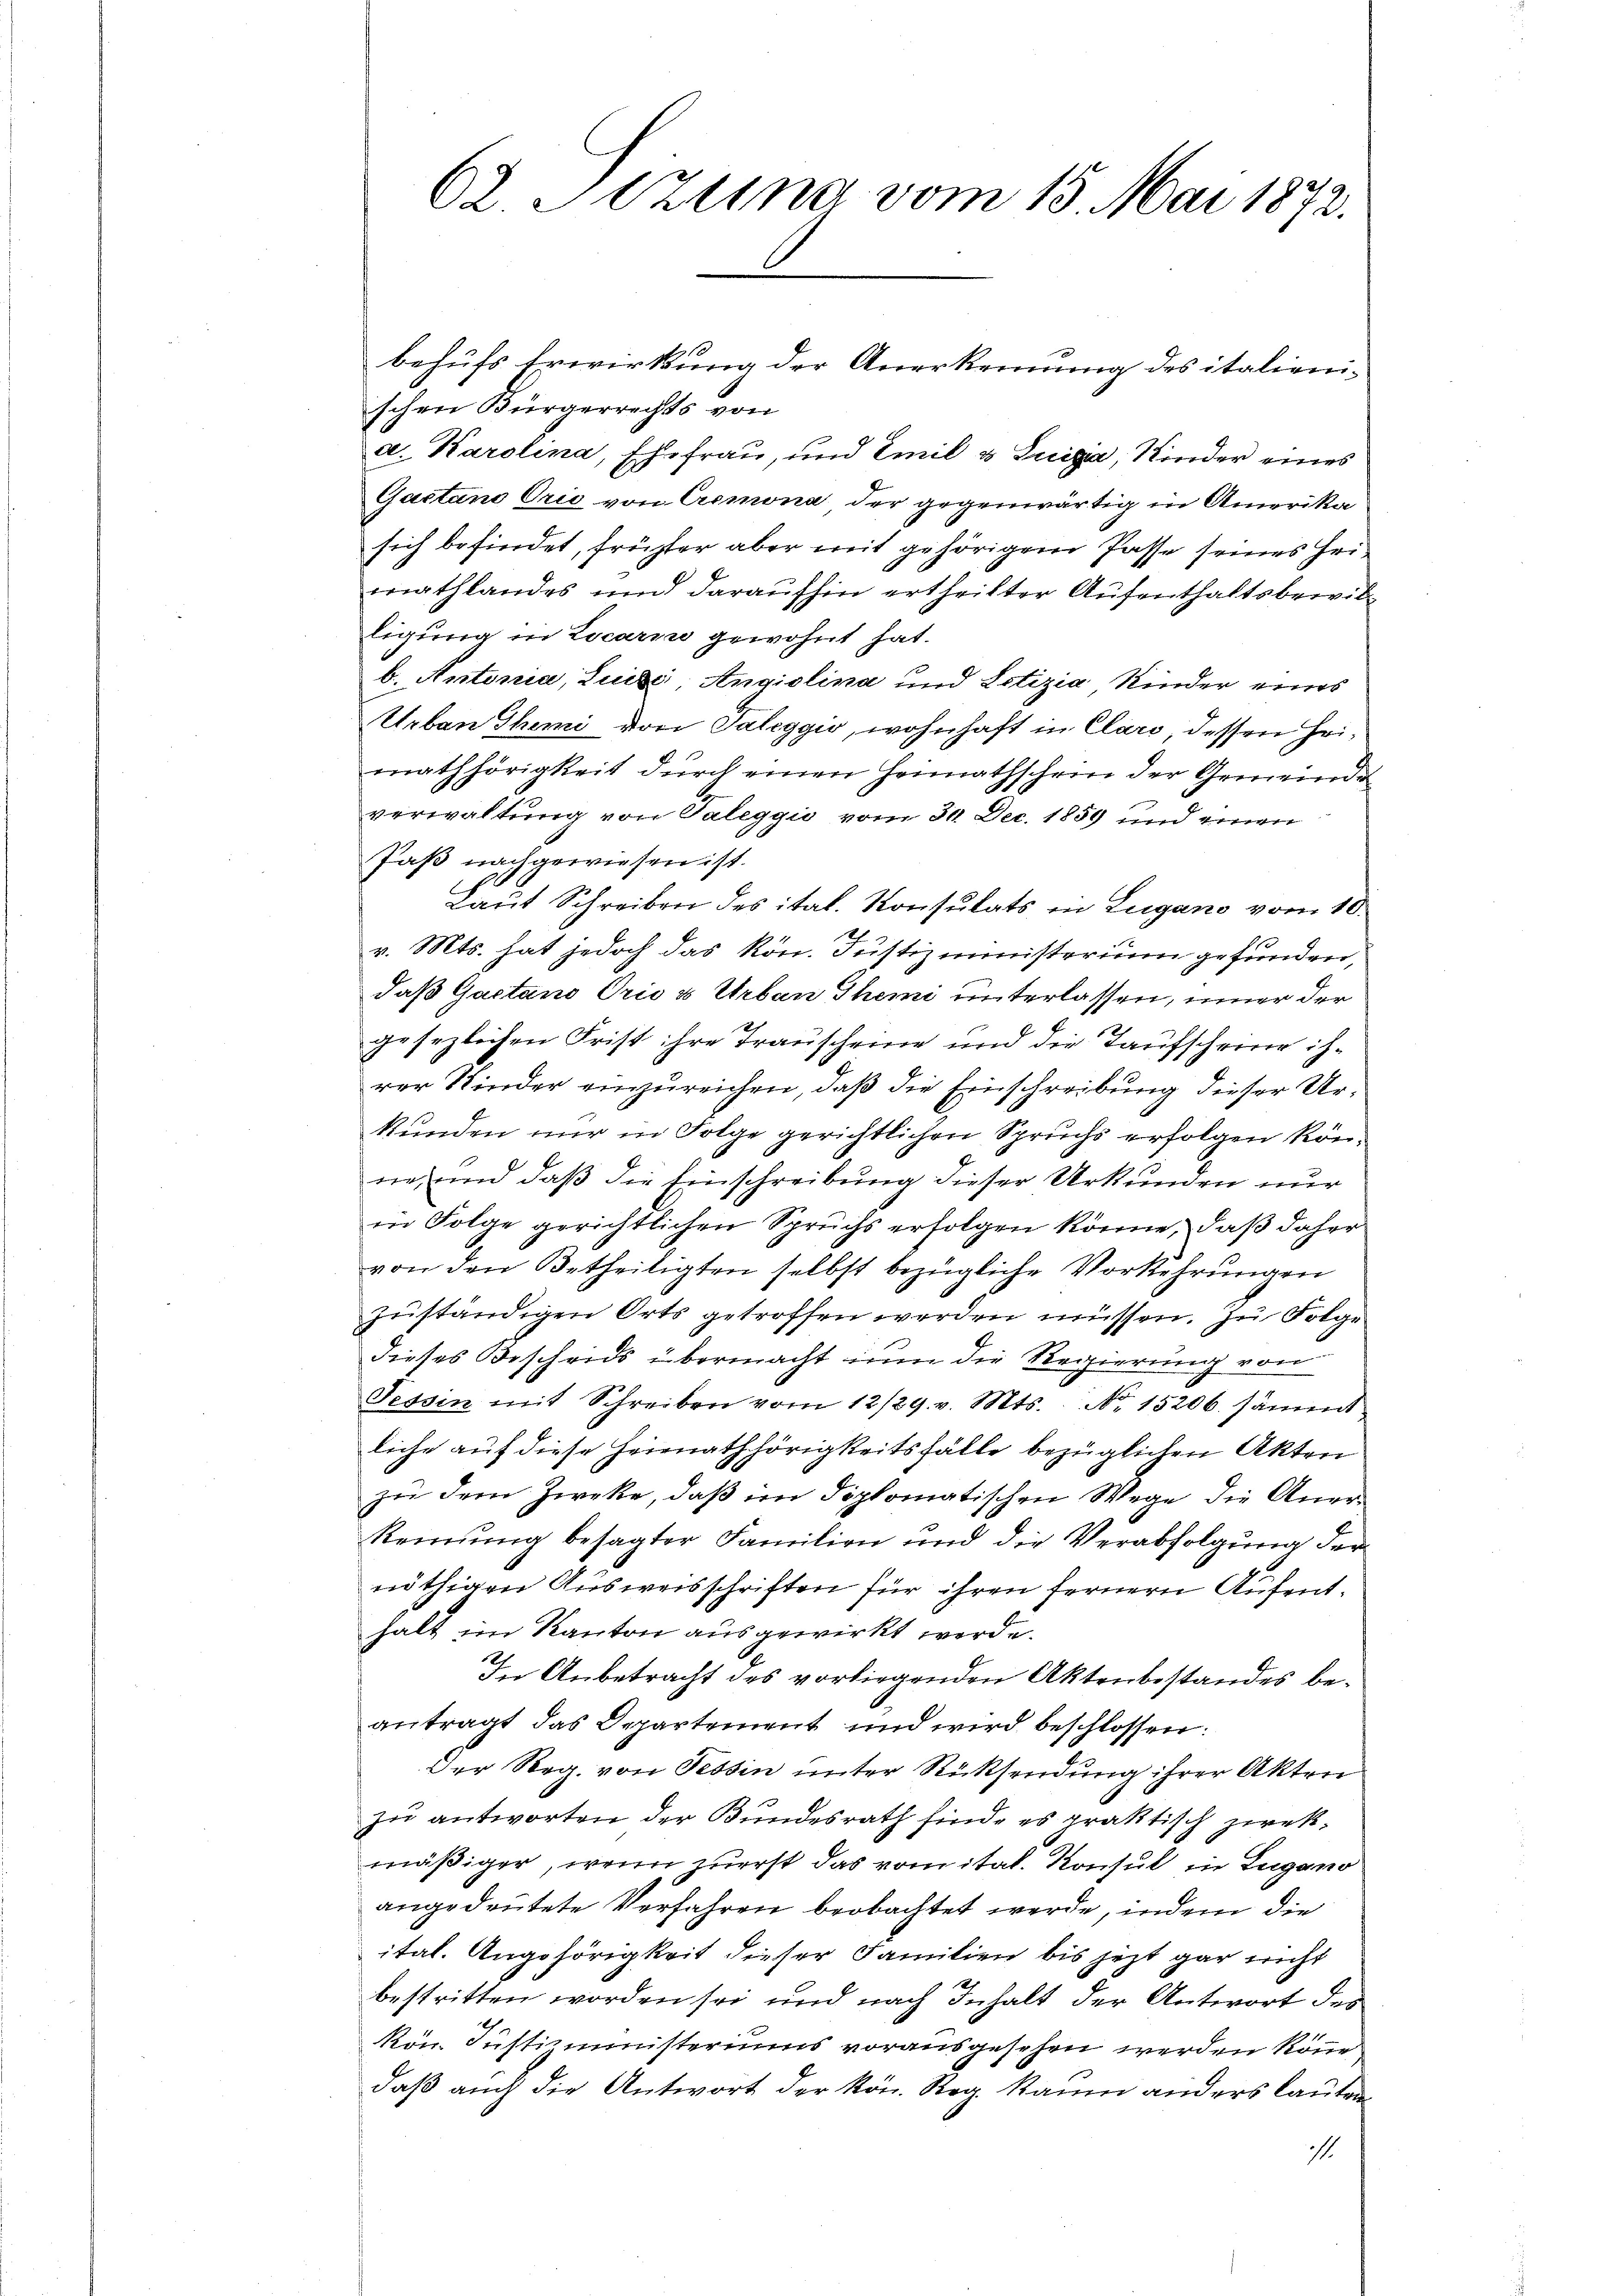
62 Sizung vom 13. Mai 1872.

behufs Erwirkung der Anerkennung des italienischen Bürgerrechts von
a. Karolina, Ehefrau, und Emil & Luigia, Kinder eines
Gactano Orić von Cremona der gegenwärtig in Amerika
sich befindet, frühter aber mit gehörigem Pässe seines Heimathlandes und daraufhin ertheilter Aufenthaltsbewilligung in Locarii gewohnt hat.
b. Antonia, Luise Angiolina und Lotizia Kinder eines
Urban Themi von Taleggio, wohnhaft in Claro, dessen Heimathörigkeit durch einen Heimathschein der Gemeinde
verwaltung von Taleggio vom 30. Dec. 1859 und einen
Paß nachgewiesen ist.
Laut Schreiben des ital. Konsulats in Lugano vom 16.
t
v. Mts. hat jedoch das kön. Justizministerium gefunden,
daß Gaetano Orio & Urban Themi unterlassen, immer der
gesezlichen Frist ihre Trauscheine und die Taufscheine ihrer Kinder einzureichen, daß die Einschreibung dieser Urkunden nur in Folge gerichtlichen Spruchs erfolgen könne und daß die Einschreibung dieser Urkunden nur
in Folge gerichtlichen Spruchs erfolgen könne, daß daher
von den Betheiligten selbst bezügliche Vorkehrungen
zuständigen Orts getroffen werden müssen. Zu Folge
dieses Bescheids übermacht nun die Regierung von
Tessin mit Schreiben vom 12/29. v. Mts. No. 15206. sämmt.
liche auf diese Heirathhörigkeitsfälle bezüglichen Akten
zu dem Zweke, daß im diplomatischen Wege die Aner¬
Rennung besagter Familien und die Verabfolgung der
nöthigen Ausweisschriften für ihren fernern Aufenthalt im Kanton ausgewirkt werde.
In Anbetracht des vorliegenden Aktenbestandes beantragt das Departement und wird beschlossen:
Der Reg. von Tessin unter Rücksendung ihrer Akten
zu antworten der Bundesrath finde es praktisch zweckmäßiger, wenn zuerst das vom ital. Konsul in Lugano
angedeutete Verfahren beobachtet werde, indem die
ital. Angehörigkeit dieser Familien bis jezt gar nicht
bestritten worden sei und nach Inhalt der Antwort des
kön. Justiministeriums vorausgesehen werden könne
daß auch die Antwort der kön. Reg. kaum anders lauten
i